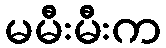
မမီးမီးက